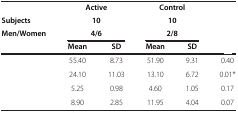
<table><thead><tr><td>[EMPTY_CELL]</td><td colspan="2"><b>Active</b></td><td colspan="2"><b>Control</b></td><td>[EMPTY_CELL]</td></tr><tr><td><b>Subjects</b></td><td colspan="2"><b>10</b></td><td colspan="2"><b>10</b></td><td>[EMPTY_CELL]</td></tr><tr><td><b>Men/Women</b></td><td colspan="2"><b>4/6</b></td><td colspan="2"><b>2/8</b></td><td>[EMPTY_CELL]</td></tr><tr><td>[EMPTY_CELL]</td><td><b>Mean</b></td><td><b>SD</b></td><td><b>Mean</b></td><td><b>SD</b></td><td>[EMPTY_CELL]</td></tr></thead><tbody><tr><td>[EMPTY_CELL]</td><td>55.40</td><td>8.73</td><td>51.90</td><td>9.31</td><td>0.40</td></tr><tr><td>[EMPTY_CELL]</td><td>24.10</td><td>11.03</td><td>13.10</td><td>6.72</td><td>0.01*</td></tr><tr><td>[EMPTY_CELL]</td><td>5.25</td><td>0.98</td><td>4.60</td><td>1.05</td><td>0.17</td></tr><tr><td>[EMPTY_CELL]</td><td>8.90</td><td>2.85</td><td>11.95</td><td>4.04</td><td>0.07</td></tr></tbody></table>